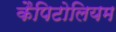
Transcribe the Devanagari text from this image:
कैपिटोलियम